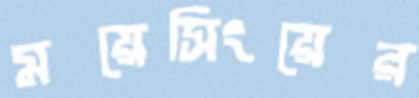
ময়েসিংয়ের